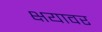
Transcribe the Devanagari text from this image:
क्षयावर